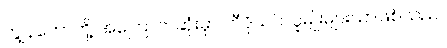
ကျွန်တော်တို့ အကြောက်ဆုံးမှာ ဘီဒိုယင်လူမျိုးများသာဖြစ်သည်။